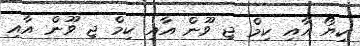
ކިޔޯ އާއި ކިމް ޖި ވޫން އާއި ކިމް ޖި ވޫން އާއި